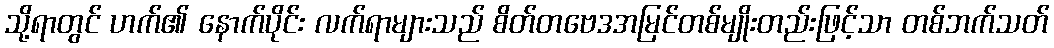
သို့ရာတွင် ဟက်၏ နောက်ပိုင်း လက်ရာများသည် စိတ်တဗေဒအမြင်တစ်မျိုးတည်းဖြင့်သာ တစ်ဘက်သတ်